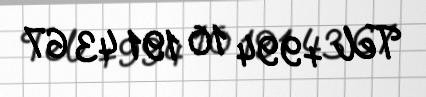
Tel +994 10 191 43 67